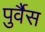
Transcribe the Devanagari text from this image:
पुर्वैस